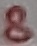
Text: 8